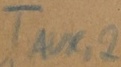
Text: TAUX,2